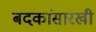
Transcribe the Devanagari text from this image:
बदकांसारखी